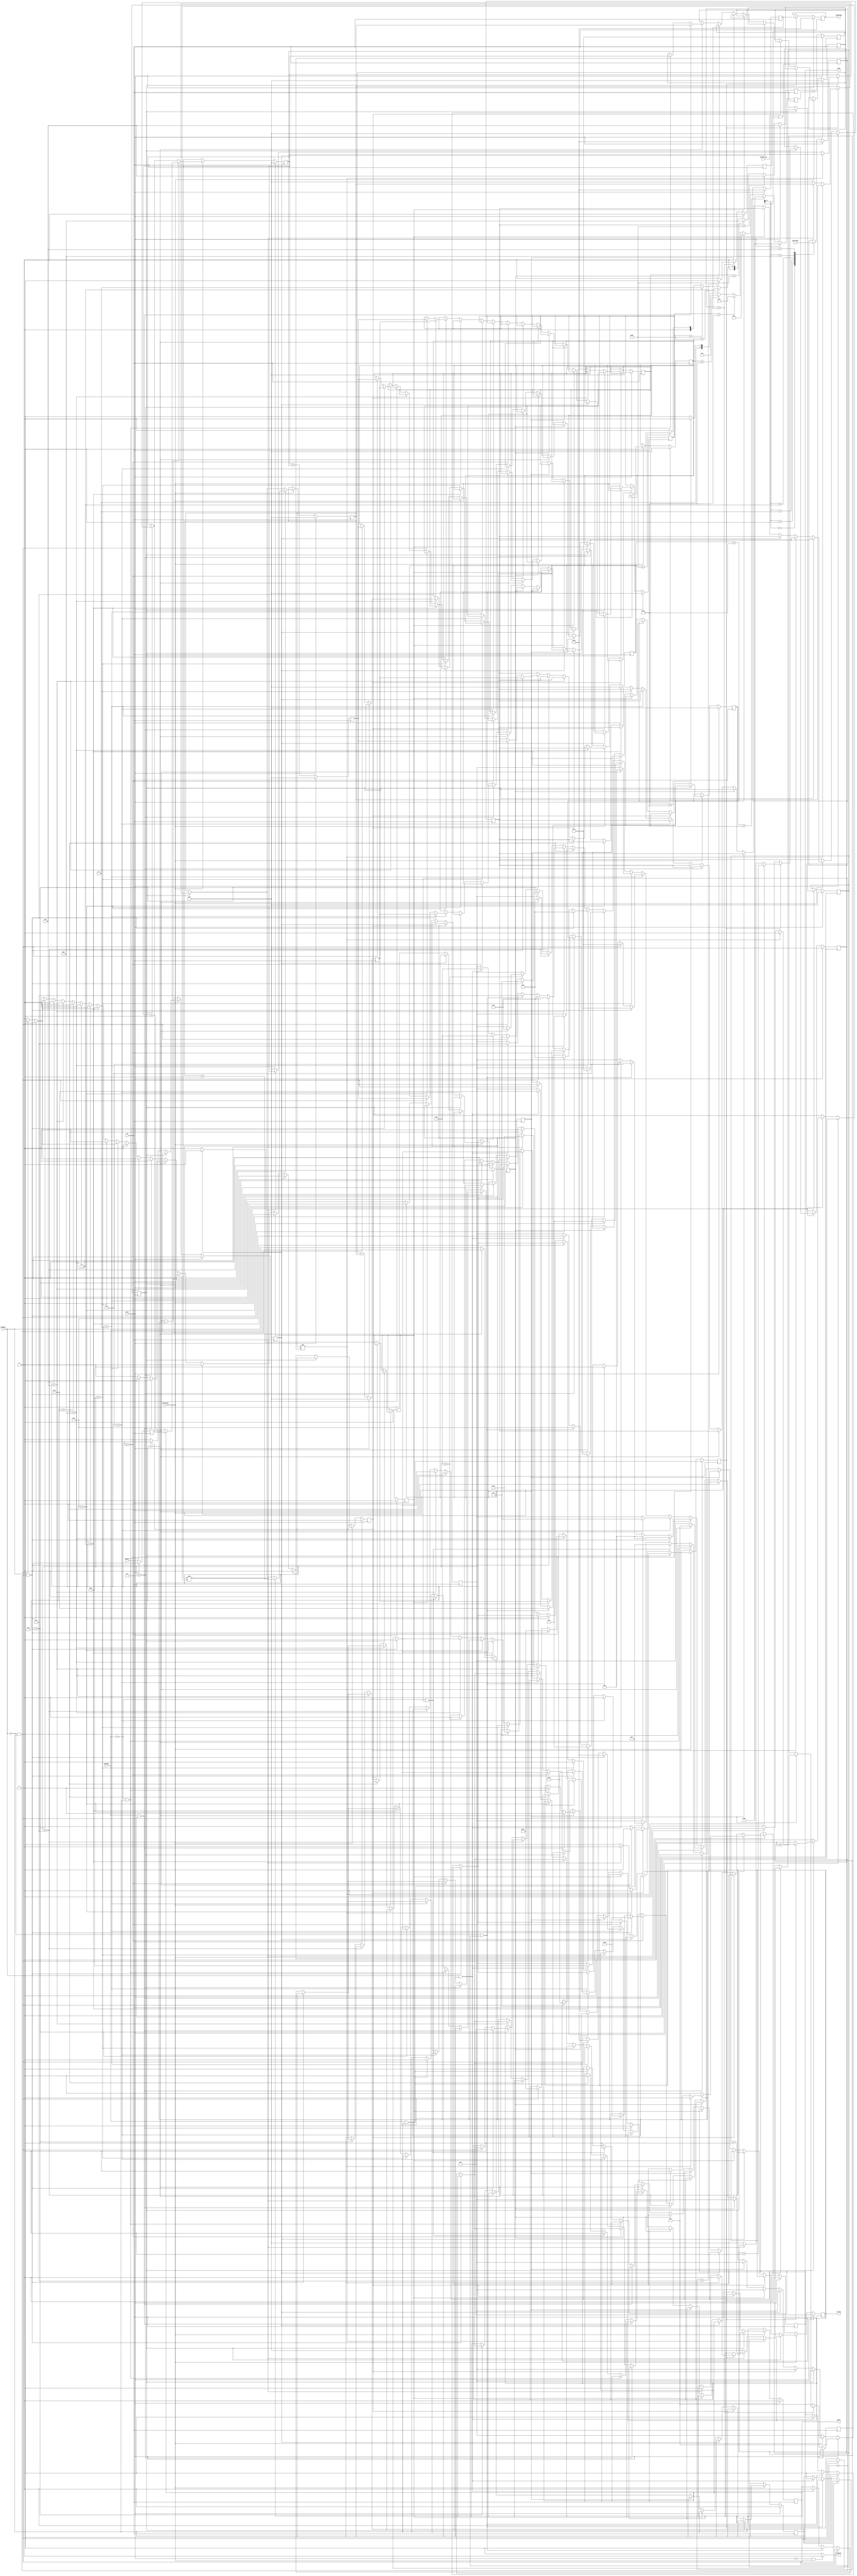
/***************************************************************************
 * Implements the calibration technique. performs the following functions:
 * 1. control circuit that determines each tap value
 * 2. hold the total delay value of different taps.
 * 3. determine the tap to use for a given frequency -> select the appropriate tap
 *
 ***************************************************************************/
`define idleSetup 4'b0000
`define idleD0 4'b0001
`define idleD1 4'b0010
`define idleD2 4'b0011
`define idleD3 4'b0100
`define idleD4 4'b0101
`define idleD5 4'b0110

`define waitSetup 4'b0111
`define waitDcmD0 4'b1000
`define waitDcmD1 4'b1001
`define waitDcmD2 4'b1010
`define waitDcmD3 4'b1011
`define waitDcmD4 4'b1100
`define waitDcmD5 4'b1101

`define idleDone 4'b1110

`define idleReset 1'b1
`define waitReset 1'b0
 `define lBound 8'b0011_0010 // 1000ps, = 1000ps/20 taps.
 `define uBound 8'b0101_0000 // 1600ps, = 1600ps/20 taps.
// `define lBound 8'b0001_0100 // for sims
// `define uBound 8'b0010_0000 // for sims
`define slipCnt 4'b1100

`define tap1 5'b00000
`define tap2 5'b10000
`define tap3 5'b11000
`define tap4 5'b11100
`define tap5 5'b11110
`define tap6 5'b11111
`define defaultTap `tap3

`timescale 1ns/100ps

module cal_ctl(
	       clk,
	       okToSelTap,
	       psDone,
	       reset,
	       hxSamp1,
	       phSamp1,
	       locReset,
	       selTap,
	       psEn,
	       psInc,
	       dcmlocked,
	       tapForDqs
	       );

   input         clk;
   input 	 dcmlocked;
   input 	 psDone;
   input 	 reset;
   input 	 hxSamp1;
   input 	 phSamp1;

   input 	 okToSelTap;

   output 	 locReset;
   output 	 psEn;
   output 	 psInc;
   output [4:0]  selTap;    /*  synthesis syn_keep = 1 */
   output [4:0]  tapForDqs; /*  synthesis syn_keep = 1 */

   reg 		 psEn;
   reg 		 psInc;
   reg [4:0] 	 selTap;
   reg [3:0] 	 state;
   reg [7:0] 	 posPhShft;
   reg [7:0] 	 negPhShft;
   reg 		 prevSamp;

   reg [7:0] 	 d0Shft;
   reg [7:0] 	 d1Shft;
   reg [7:0] 	 d2Shft;
   reg [7:0] 	 d3Shft;
   reg [7:0] 	 d4Shft;
   reg [7:0] 	 d5Shft;
   reg [7:0] 	 suShft;

   reg [4:0]	 tapForDqs;

   reg 		 waitOneCycle;
   reg 		 waitTwoCycle;
   reg 		 wait3Cycle;
   reg 		 wait4Cycle;
   reg 		 psDoneReg;
   reg 		 wait5Cycle;
   reg [7:0] 	 decPosSh;
   reg [7:0] 	 decNegSh;
   reg 		 rstate;
   reg 		 resetDcm;
   reg [4:0] 	 inTapForDqs;
   reg [3:0] 	 selCnt;
   reg [4:0] 	 newTap;
   reg 		 okSelCnt;
   reg [3:0] 	 midPt;
   reg [2:0] 	 uPtr;
   reg [2:0] 	 lPtr;

   reg [7:0] 	 ozShft;
   reg [7:0] 	 zoShft;

   wire      	 locReset;


   assign locReset = (~reset && dcmlocked) ? 1'b0 : 1'b1;


   always @(posedge clk) begin
      if (reset) begin
	 ozShft[7:0] <= 8'h00;
	 zoShft[7:0] <= 8'h00;
      end else begin
	 zoShft[7:0] <= suShft[7:0] - posPhShft[7:0];
	 ozShft[7:0] <= negPhShft[7:0]+ suShft[7:0];
      end
   end

   // 1. divide clock by 2 since there is no way to get from clock net to D input.
   // this is done outside in module cal_div2

   // 2. register normal clock with phClkDiv2 twice to prvent metastability.
   // done outside this block now.

   // 3. at offset of 0 between clkDiv2 and phSamp1, set up time may not be met.
   // increase the offset using phase shift to meet the set up time. the number of
   // phase shifts required to meet set up is determined.
   always @(posedge clk) begin
      if (reset) begin
	 psEn     <= 1'b0;
	 psInc    <= 1'b0;
	 state    <= `idleSetup;
	 prevSamp <= 1'b0;

	 posPhShft[7:0] <= 8'h00;
	 negPhShft[7:0] <= 8'h00;

	 d0Shft[7:0] <= 8'h00;
	 d1Shft[7:0] <= 8'h00;
	 d2Shft[7:0] <= 8'h00;
	 d3Shft[7:0] <= 8'h00;
	 d4Shft[7:0] <= 8'h00;
	 d5Shft[7:0] <= 8'h00;
	 suShft[7:0] <= 8'h00;

	 selTap[4:0] <= `tap1;
	 waitOneCycle <= 1'b1;
	 waitTwoCycle <= 1'b0;
	 wait3Cycle <= 1'b0;
	 wait4Cycle <= 1'b0;
	 wait5Cycle <= 1'b0;
	 psDoneReg <= 1'b0;
	 decPosSh[7:0] <= 8'h00;
	 decNegSh[7:0] <= 8'h00;
	 resetDcm <= 1'b0;
	 rstate <= `idleReset;
      end else begin // if (!reset)
	 psDoneReg <= psDone;
	 if (dcmlocked) begin
	    if (resetDcm) begin
	       if (rstate == `idleReset) begin
		  if (posPhShft[7:0] != decPosSh[7:0]) begin
		     psEn          <= 1'b1;
		     psInc         <= 1'b0;
		     decPosSh[7:0] <= decPosSh[7:0] + 1'b1;
		     rstate        <= `waitReset;
		  end else if (negPhShft[7:0] != decNegSh[7:0]) begin
		     psEn          <= 1'b1;
		     psInc         <= 1'b1;
		     decNegSh[7:0] <= decNegSh[7:0] + 1'b1;
		     rstate        <= `waitReset;
		  end else begin
		     resetDcm       <= 1'b0;
		     posPhShft[7:0] <= 8'h00;
		     negPhShft[7:0] <= 8'h00;
		     decNegSh[7:0]  <= 8'h00;
		     decPosSh[7:0]  <= 8'h00;
		  end
	       end else if (rstate == `waitReset) begin
		  psEn <= 1'b0;
		  if (psDoneReg) rstate <= `idleReset;
		  else rstate           <= `waitReset;
	       end

	    end else begin // if (resetDcm)

	       if (waitOneCycle) begin
		  waitOneCycle <= 1'b0;
		  waitTwoCycle <= 1'b1;
	       end else if (waitTwoCycle) begin
		  waitTwoCycle <= 1'b0;
		  wait3Cycle <= 1'b1;
	       end else if (wait3Cycle) begin
		  wait3Cycle <= 1'b0;
		  wait4Cycle <= 1'b1;
	       end else if (wait4Cycle) begin
	          wait4Cycle <= 1'b0;
		  wait5Cycle <= 1'b1;
	       end else if (wait5Cycle) begin
		  wait5Cycle <= 1'b0;
		  if (state == `idleSetup) prevSamp <= phSamp1;
		  else prevSamp <= hxSamp1;
	       end else begin
		  if (state == `idleSetup) begin
		     if ((phSamp1 == 1'b1) && (prevSamp == 1'b0))begin // 0 to 1 transition
			suShft[7:0] <= posPhShft[7:0];
			state        <= `idleD0;
			rstate       <= `idleReset;
			resetDcm     <= 1'b1;
			waitOneCycle <= 1'b1;
		     end else if ((phSamp1 == 1'b0) && (prevSamp == 1'b1)) begin // shd never happen
			suShft[7:0] <= negPhShft[7:0];
			state        <= `idleD0;
			rstate       <= `idleReset;
			resetDcm     <= 1'b1;
			waitOneCycle <= 1'b1;
		     end else if ((phSamp1 == 1'b0) && (prevSamp == 1'b0))begin
			//increment shift
			psEn     <= 1'b1;
			psInc    <= 1'b1;
			state    <= `waitSetup;
			prevSamp <= 1'b0;
		     end else if ((phSamp1 == 1'b1) && (prevSamp == 1'b1))begin
			psEn     <= 1'b1;
			psInc    <= 1'b0;
			prevSamp <= 1'b1;
			state    <= `waitSetup;
		     end
		  end else if (state == `waitSetup)begin // if (state == `idleSetup)
		     psEn <= 1'b0;
		     if (psDoneReg)  state <= `idleSetup;
		  end else if (state == `idleD0) begin
		     if ((hxSamp1 == 1'b1) && (prevSamp == 1'b0)) begin
			d0Shft[7:0]  <= zoShft;
			selTap[4:0]  <= `tap2;
			waitOneCycle <= 1'b1;
			state        <= `idleD1;
			rstate       <= `idleReset;
			resetDcm     <= 1'b1;
		     end else if ((hxSamp1 == 1'b0) && (prevSamp == 1'b1) ) begin
			d0Shft[7:0]  <= ozShft;
			selTap[4:0]  <= `tap2;
			waitOneCycle <= 1'b1;
			state        <= `idleD1;
			rstate       <= `idleReset;
			resetDcm     <= 1'b1;
		     end else if ((hxSamp1 == 1'b0) && (prevSamp == 1'b0)) begin
			// increment phase shift delay
			psEn     <= 1'b1;
			psInc    <= 1'b1;
			state    <= `waitDcmD0;
			prevSamp <= 1'b0;
		     end else if ((hxSamp1 == 1'b1) && (prevSamp == 1'b1)) begin
			// decrement variable delay
			psEn     <= 1'b1;
			psInc    <= 1'b0;
			state    <= `waitDcmD0;
			prevSamp <= 1'b1;
		     end
 		  end else if (state == `waitDcmD0) begin
		     psEn <= 1'b0;
		     if (psDoneReg) begin
			state <= `idleD0;
		     end
		  end else if (state == `idleD1) begin
		     if ((hxSamp1 == 1'b1) && (prevSamp == 1'b0)) begin
			d1Shft[7:0]  <= zoShft[7:0];
			selTap[4:0]  <= `tap3;
			waitOneCycle <= 1'b1;
			state        <= `idleD2;
			rstate       <= `idleReset;
			resetDcm     <= 1'b1;
		     end else if ((hxSamp1 == 1'b0) && (prevSamp == 1'b1) ) begin
			d1Shft[7:0]  <= ozShft;
			selTap[4:0]  <= `tap3;
			waitOneCycle <= 1'b1;
			state        <= `idleD2;
			rstate       <= `idleReset;
			resetDcm     <= 1'b1;
		     end else if ((hxSamp1 == 1'b0) && (prevSamp == 1'b0)) begin
			// increment phase shift delay
			psEn     <= 1'b1;
			psInc    <= 1'b1;
			state    <= `waitDcmD1;
			prevSamp <= 1'b0;
		     end else if ((hxSamp1 == 1'b1) && (prevSamp == 1'b1)) begin
			// decrement variable delay
			psEn     <= 1'b1;
			psInc    <= 1'b0;
			state    <= `waitDcmD1;
			prevSamp <= 1'b1;
		     end
 		  end else if (state == `waitDcmD1) begin
		     psEn <= 1'b0;
		     if (psDoneReg) begin
			state <= `idleD1;
		     end

		  end else if (state == `idleD2) begin
		     if ((hxSamp1 == 1'b1) && (prevSamp == 1'b0)) begin
			d2Shft[7:0]  <= zoShft[7:0];
			selTap[4:0]  <= `tap4;
			waitOneCycle <= 1'b1;
			state        <= `idleD3;
			rstate       <= `idleReset;
			resetDcm     <= 1'b1;
		     end else if ((hxSamp1 == 1'b0) && (prevSamp == 1'b1) ) begin
			d2Shft[7:0]  <= ozShft[7:0];
			selTap[4:0]  <= `tap4;
			waitOneCycle <= 1'b1;
			state        <= `idleD3;
			rstate       <= `idleReset;
			resetDcm     <= 1'b1;
		     end else if ((hxSamp1 == 1'b0) && (prevSamp == 1'b0)) begin
			// increment phase shift delay
			psEn     <= 1'b1;
			psInc    <= 1'b1;
			state    <= `waitDcmD2;
			prevSamp <= 1'b0;
		     end else if ((hxSamp1 == 1'b1) && (prevSamp == 1'b1)) begin
			// decrement variable delay
			psEn     <= 1'b1;
			psInc    <= 1'b0;
			state    <= `waitDcmD2;
			prevSamp <= 1'b1;
		     end
 		  end else if (state == `waitDcmD2) begin
		     psEn <= 1'b0;
		     if (psDoneReg) begin
			state <= `idleD2;
		     end

		  end else if (state == `idleD3) begin
		     if ((hxSamp1 == 1'b1) && (prevSamp == 1'b0)) begin
			d3Shft[7:0]  <= zoShft[7:0];
			selTap[4:0]  <= `tap5;
			waitOneCycle <= 1'b1;
			state        <= `idleD4;
			rstate       <= `idleReset;
			resetDcm     <= 1'b1;
		     end else if ((hxSamp1 == 1'b0) && (prevSamp == 1'b1) ) begin
			d3Shft[7:0]  <= ozShft[7:0];
			selTap[4:0]  <= `tap5;
			waitOneCycle <= 1'b1;
			state        <= `idleD4;
			rstate       <= `idleReset;
			resetDcm     <= 1'b1;
		     end else if ((hxSamp1 == 1'b0) && (prevSamp == 1'b0)) begin
			// increment phase shift delay
			psEn     <= 1'b1;
			psInc    <= 1'b1;
			state    <= `waitDcmD3;
			prevSamp <= 1'b0;
		     end else if ((hxSamp1 == 1'b1) && (prevSamp == 1'b1)) begin
			// decrement variable delay
			psEn     <= 1'b1;
			psInc    <= 1'b0;
			state    <= `waitDcmD3;
			prevSamp <= 1'b1;
		     end
 		  end else if (state == `waitDcmD3) begin
		     psEn <= 1'b0;
		     if (psDoneReg) begin
			state <= `idleD3;
		     end

		  end else if (state == `idleD4) begin
		     if ((hxSamp1 == 1'b1) && (prevSamp == 1'b0)) begin
			d4Shft[7:0]  <= zoShft[7:0];
			selTap[4:0]  <= `tap6;
			waitOneCycle <= 1'b1;
			state        <= `idleD5;
			rstate       <= `idleReset;
			resetDcm     <= 1'b1;
		     end else if ((hxSamp1 == 1'b0) && (prevSamp == 1'b1) ) begin
			d4Shft[7:0]  <= ozShft[7:0];
			selTap[4:0]  <= `tap6;
			waitOneCycle <= 1'b1;
			state        <= `idleD5;
			rstate       <= `idleReset;
			resetDcm     <= 1'b1;
		     end else if ((hxSamp1 == 1'b0) && (prevSamp == 1'b0)) begin
			// increment phase shift delay
			psEn     <= 1'b1;
			psInc    <= 1'b1;
			state    <= `waitDcmD4;
			prevSamp <= 1'b0;
		     end else if ((hxSamp1 == 1'b1) && (prevSamp == 1'b1)) begin
			// decrement variable delay
			psEn     <= 1'b1;
			psInc    <= 1'b0;
			state    <= `waitDcmD4;
			prevSamp <= 1'b1;
		     end
 		  end else if (state == `waitDcmD4) begin
		     psEn <= 1'b0;
		     if (psDoneReg) begin
			state <= `idleD4;
		     end
		  end else if (state == `idleD5) begin
		     if ((hxSamp1 == 1'b1) && (prevSamp == 1'b0)) begin
			d5Shft[7:0]  <= zoShft[7:0];
			selTap[4:0]  <= `tap1;
			waitOneCycle <= 1'b1;
			state        <= `idleD0;
			rstate       <= `idleReset;
			resetDcm     <= 1'b1;
		     end else if ((hxSamp1 == 1'b0) && (prevSamp == 1'b1) ) begin
			d5Shft[7:0]  <= ozShft[7:0];
			selTap[4:0]  <= `tap1;
			waitOneCycle <= 1'b1;
			state        <= `idleD0;
			rstate       <= `idleReset;
			resetDcm     <= 1'b1;
		     end else if ((hxSamp1 == 1'b0) && (prevSamp == 1'b0)) begin
			// increment phase shift delay
			psEn     <= 1'b1;
			psInc    <= 1'b1;
			state    <= `waitDcmD5;
			prevSamp <= 1'b0;
		     end else if ((hxSamp1 == 1'b1) && (prevSamp == 1'b1)) begin
			// decrement variable delay
			psEn     <= 1'b1;
			psInc    <= 1'b0;
			state    <= `waitDcmD5;
			prevSamp <= 1'b1;
		     end
 		  end else if (state == `waitDcmD5) begin
		     psEn <= 1'b0;
		     if (psDoneReg) begin
			state <= `idleD5;
		     end
		     //end else if (state == `idleDone) begin
		  end
	       end // else: !if(wait4Cycle)

	    end // else: !if(resetDcm)


	    if (psDoneReg && rstate != `waitReset)
	      if (psInc) posPhShft[7:0] <= posPhShft[7:0] + 1'b1;
	      else negPhShft[7:0] <= negPhShft[7:0] + 1'b1;

	 end // if (dcmlocked)

      end // else: !if(reset)

   end // always @ (posedge clk)

   // Logic to figure out the number of tap delays to use for dqs
   // generate the output tapForDqs

   always @(posedge clk) begin
      if (reset) begin
	 lPtr[2:0] <= 3'b000;
	 uPtr[2:0] <= 3'b101;
	 tapForDqs[4:0] <= `defaultTap;
	 inTapForDqs[4:0] <= `defaultTap;
	 newTap <= `defaultTap;
	 midPt[3:0] <= 4'b0011;
	 okSelCnt <= 1'b0;
      end else begin
	 if (d0Shft[7:0] > `lBound) lPtr[2:0] <= 3'b000;
	 else if (d1Shft[7:0] > `lBound) lPtr[2:0] <= 3'b001;
	 else if (d2Shft[7:0] > `lBound) lPtr[2:0] <= 3'b010;
	 else if (d3Shft[7:0] > `lBound) lPtr[2:0] <= 3'b011;
	 else if (d4Shft[7:0] > `lBound) lPtr[2:0] <= 3'b100;
	 else lPtr[2:0] <= 3'b101;

	 if (d5Shft[7:0] < `uBound) uPtr[2:0] <= 3'b101;
	 else if (d4Shft[7:0] < `uBound) uPtr[2:0] <= 3'b100;
	 else if (d3Shft[7:0] < `uBound) uPtr[2:0] <= 3'b011;
	 else if (d2Shft[7:0] < `uBound) uPtr[2:0] <= 3'b010;
	 else if (d1Shft[7:0] < `uBound) uPtr[2:0] <= 3'b001;
	 else uPtr[2:0] <= 3'b000;

	 midPt[3:0] <= (uPtr[2:0] + lPtr[2:0]) ;

	 case (midPt[3:1])
	   3'b000: inTapForDqs[4:0] <= `tap1;
	   3'b001: inTapForDqs[4:0] <= `tap2;
	   3'b010: inTapForDqs[4:0] <= `tap3;
	   3'b011: inTapForDqs[4:0] <= `tap4;
	   3'b100: inTapForDqs[4:0] <= `tap5;
	   3'b101: inTapForDqs[4:0] <= `tap6;
	   default: inTapForDqs[4:0] <= inTapForDqs[4:0];
	 endcase // case(midPt[2:0])

	 // tap output shouldn't change unless the same tap value is selected n number of times.
	 newTap[4:0] <= inTapForDqs[4:0];
	 if (inTapForDqs[4:0] == newTap[4:0]) begin

	    if (wait4Cycle) selCnt[3:0] <= selCnt[3:0] + 1'b1;
	    if (selCnt[3:0] == `slipCnt) okSelCnt <= 1'b1;
	    else okSelCnt <= 1'b0;
	 end else begin
	    selCnt[3:0] <= 4'b0000;
	    okSelCnt <= 1'b0;
	 end

	 if (okToSelTap && okSelCnt) tapForDqs[4:0] <= newTap[4:0];

      end // else: !if(reset)
   end // always @ (posedge clk)

endmodule // cal_ctl